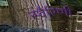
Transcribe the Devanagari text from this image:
स्वैरिणी